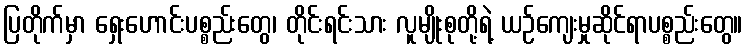
ပြတိုက်မှာ ရှေးဟောင်းပစ္စည်းတွေ၊ တိုင်းရင်းသား လူမျိုးစုတို့ရဲ့ ယဉ်ကျေးမှုဆိုင်ရာပစ္စည်းတွေ။